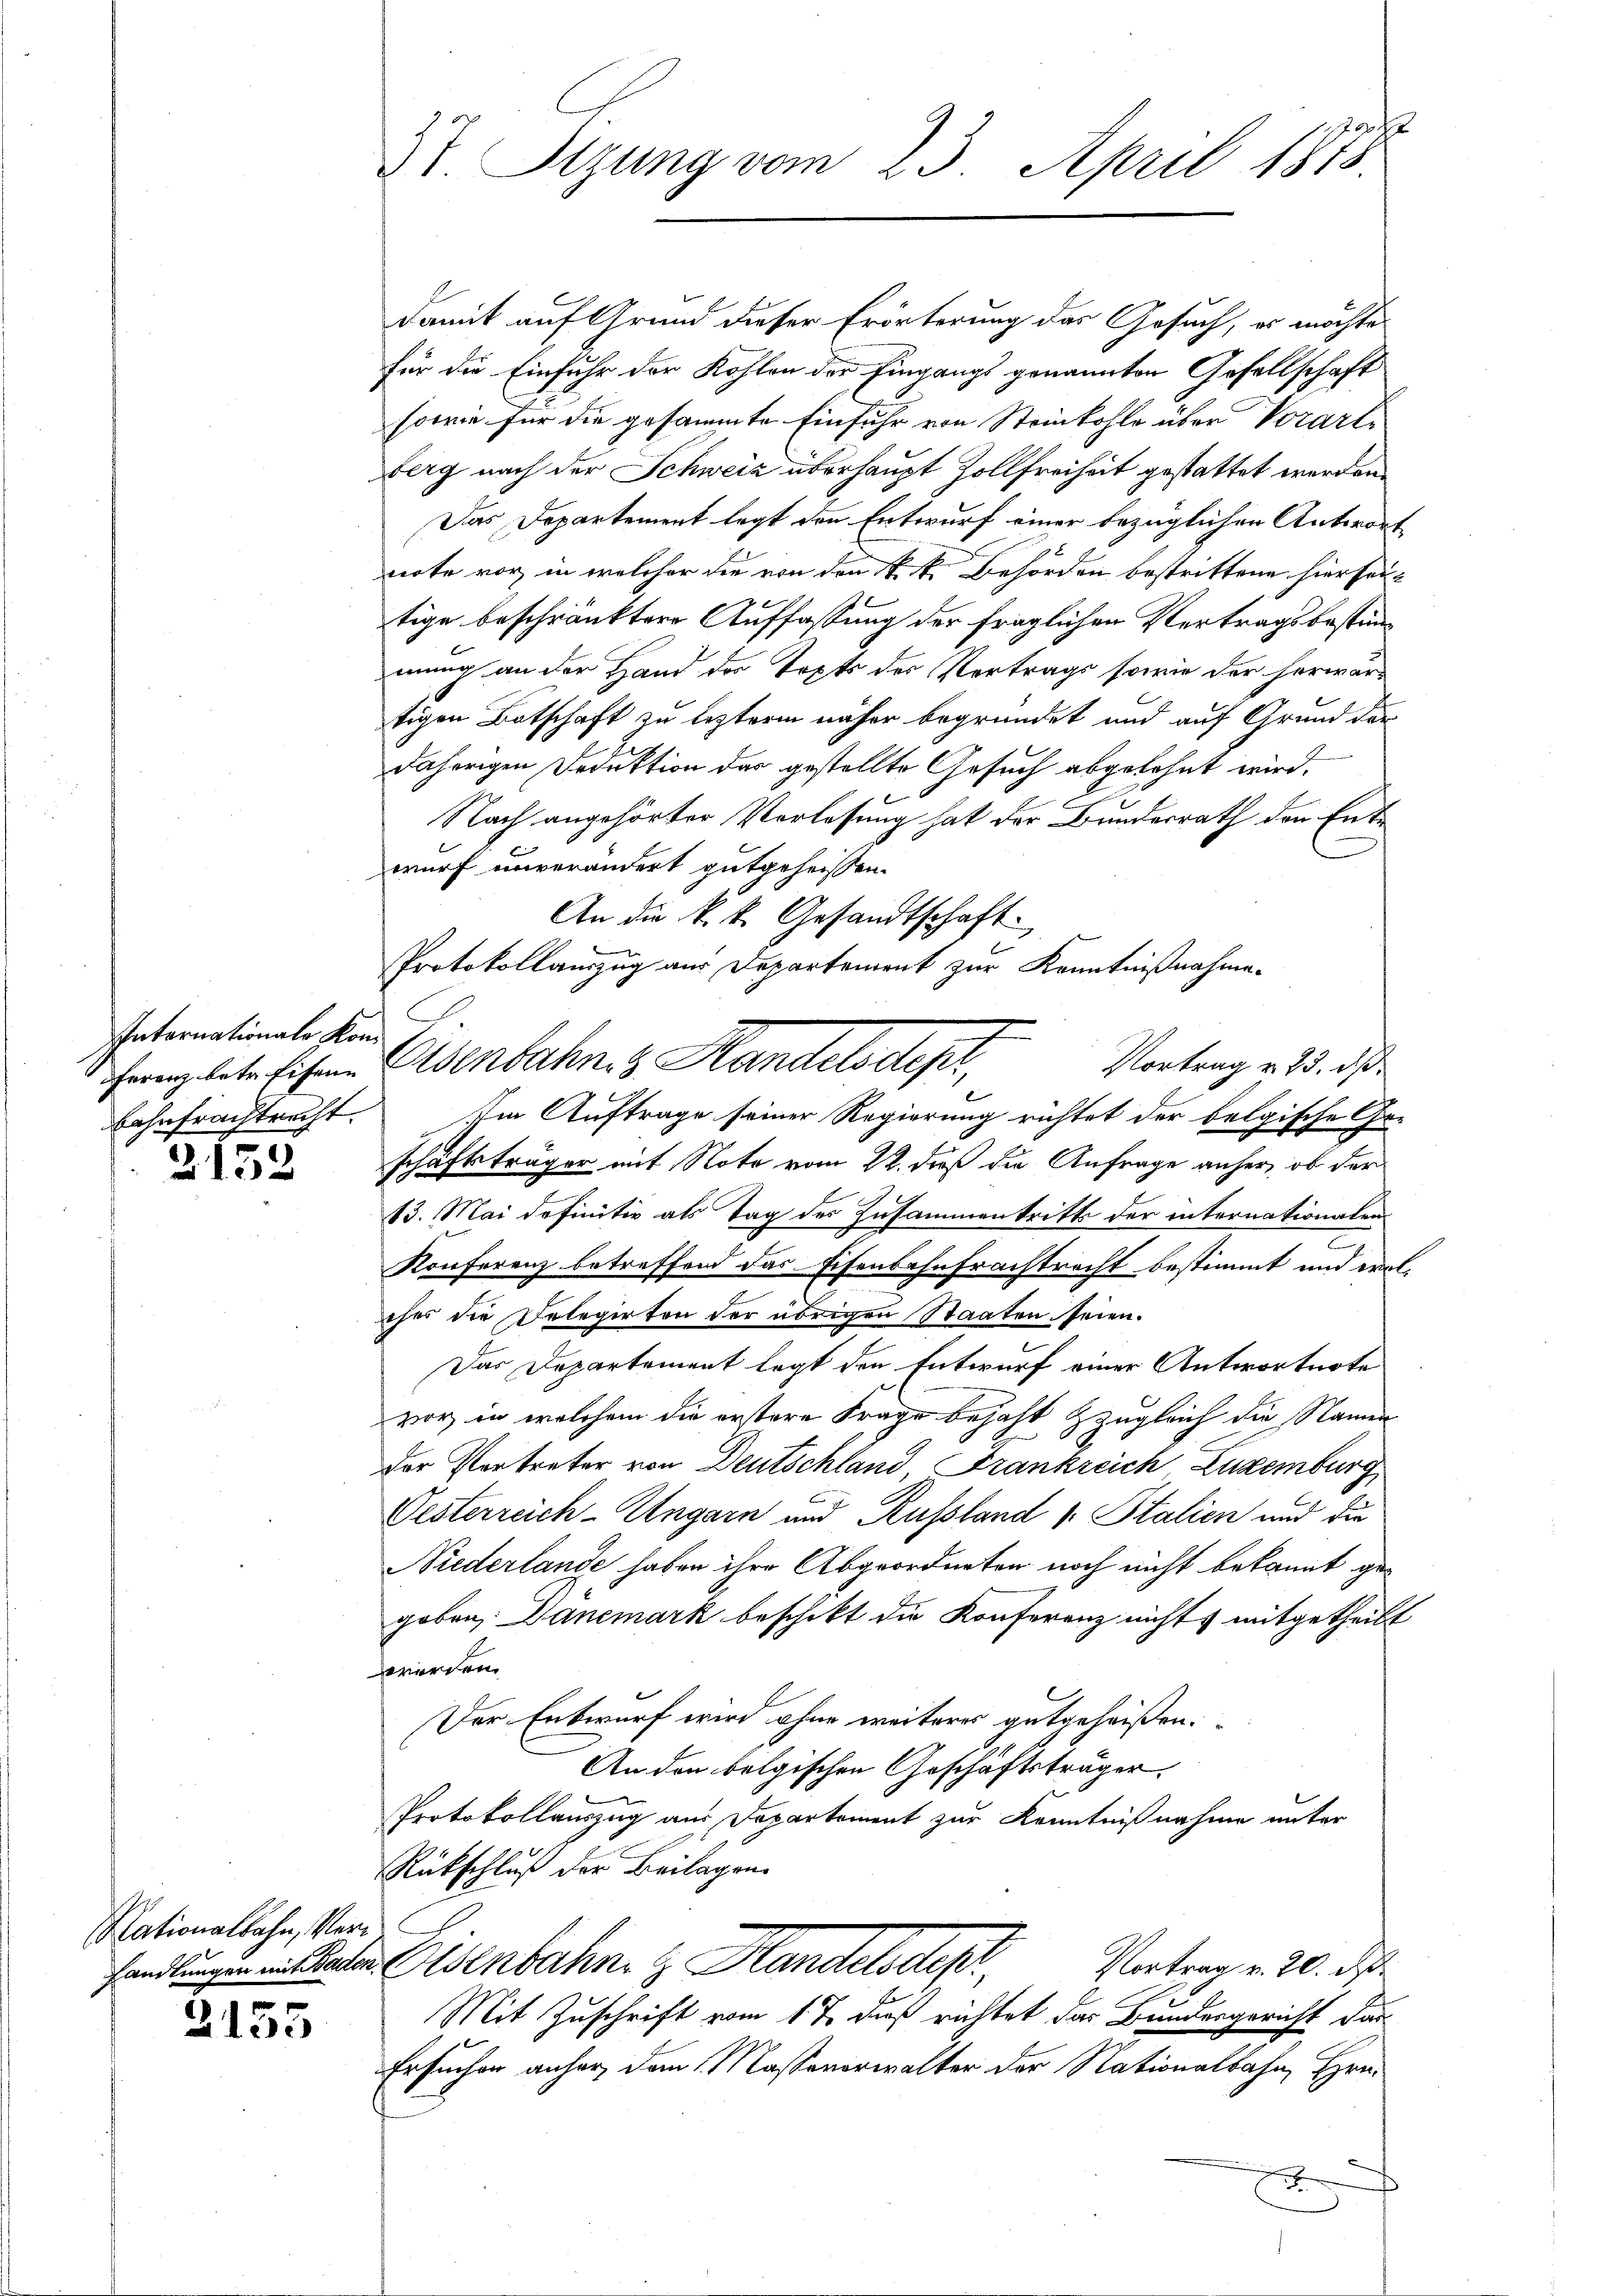
Internationale Kon¬
Bahnfrachtrecht.

3152

Nationalbahn, Vor¬

2155

E
3t Sizung vom 23. April 1875

damit auf Grund dieser Erörterung das Gesuch, es möchte
für die Einfuhr der Kohlen der Eingangs genannten Gesellschaft
sowie für die gesammte Einfuhr von Steinkohle über Vorarle
Berg nach der Schweiz überhaupt Zollfreiheit gestattet werden.
Das Departement legt den Entwurf einer bezüglichen Antwort
note vor, in welcher die von den k. k. Behörden bestrittene hierseitige beschränktere Auffassung der fraglichen Vertragsbestimmung an der Hand der Topts des Vertrags sowie der herwartigen Botschaft zu lezterm näher begründet und auf Grund der
daherigen Deduktion des gestellte Gesuch abgelehnt wird.
Nach angehörter Vorlesung hat der Bundesrath den Entwurf unverändert gutgeheissen.
An die k. k. Gesandtschaft.
Im Auftrage seiner Regierung richtet der belgische Ge-
schäftsträger mit Note vom 22. daß die Anfrage anher, ob der
13. Mai definitiv als Tag des Zusammentritts der internationalen
2
Konferenz betreffend das Eisenbahnfrachtracht bestimmt und wolches die Belegirten der übrigen Staaten seien.
Das Departement legt den Entwurf einer Antwortnote
vor, in welchem die erstere Frage bejaht & zugleich die Namen
Der Vertreter von Deutschland Frankreich Luzemburg
Vesterreich-Ungarn und Russland v. Stalien und die
Niederlande haben ihre Abgeordneten noch nicht bekannt gegeben: Danemark beschikt die Konferenz nicht mitgetheilt
werden.
Der Entwurf wird ohne weiteres gutgeheißen.
An den belgischen Geschäftsträger,
Protokollauszug aus Departement zur Kenntnißnahme unter
Rückschluß der Beilagen.
Vortrag v. 20. d.
handlungen mitteten Eisenbahn. z. Handelsdep
Mit Zuschrift vom 17. daß richtet das Bundesgericht das
Ersuchen anher, dem Massaverwalter der Nationalbahn, Hrn.
e

Protokollamzug aus Departement zur Kenntnißnahme.
Vortrag v. 25. d.
ferenz bete Eisene Edenbahn. Handelsdepr